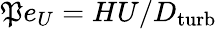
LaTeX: \mathfrak{P}e_{U}=HU/D_{\mathrm{{turb}}}